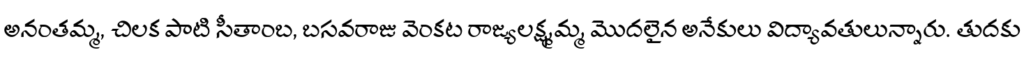
అనంతమ్మ, చిలక పాటి సీతాంబ, బసవరాజు వెంకట రాజ్యలక్ష్మమ్మ మొదలైన అనేకులు విద్యావతులున్నారు. తుదకు